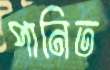
পানিত